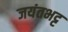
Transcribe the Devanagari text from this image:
जयंतभट्ट